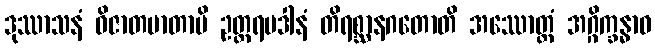
ဒုဿာသနံ ဝိဇာတမာတာပိ ဥတ္တရပဒါနံ တိရစ္ဆာနဂတောတိ အဿောတ္တံ အဂ္ဂိက္ခန္ဓာဝ